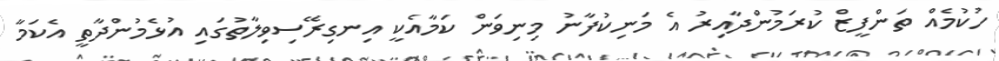
ހުކުމެއް ތަންފީޒް ކުރަމުންދާއިރު އެ މަނިކުފާނު މިނިވަން ކަމާއެކީ އިނގިރޭސިވިލާތުގައި އުޅެމުންދާތީ އެކަމާ